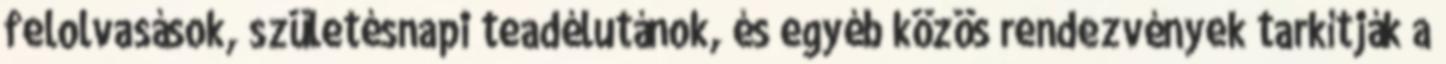
felolvasások, születésnapi teadélutánok, és egyéb közös rendezvények tarkítják a